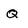
Character: Q